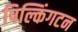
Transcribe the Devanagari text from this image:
पिल्किंगटन